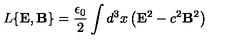
L \{ { \bf E } , { \bf B } \} = \frac { \epsilon _ { 0 } } { 2 } \int d ^ { 3 } x \left( { \bf E } ^ { 2 } - c ^ { 2 } { \bf B } ^ { 2 } \right)